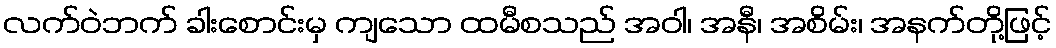
လက်ဝဲဘက် ခါးစောင်းမှ ကျသော ထမီစသည် အဝါ၊ အနီ၊ အစိမ်း၊ အနက်တို့ဖြင့်